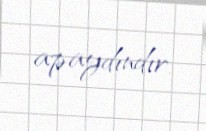
apaydındır.